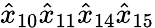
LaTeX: {\hat{x}}_{10}{\hat{x}}_{11}{\hat{x}}_{14}{\hat{x}}_{15}